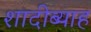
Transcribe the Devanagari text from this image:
शादीब्याह